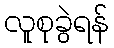
လူစုခွဲရန်